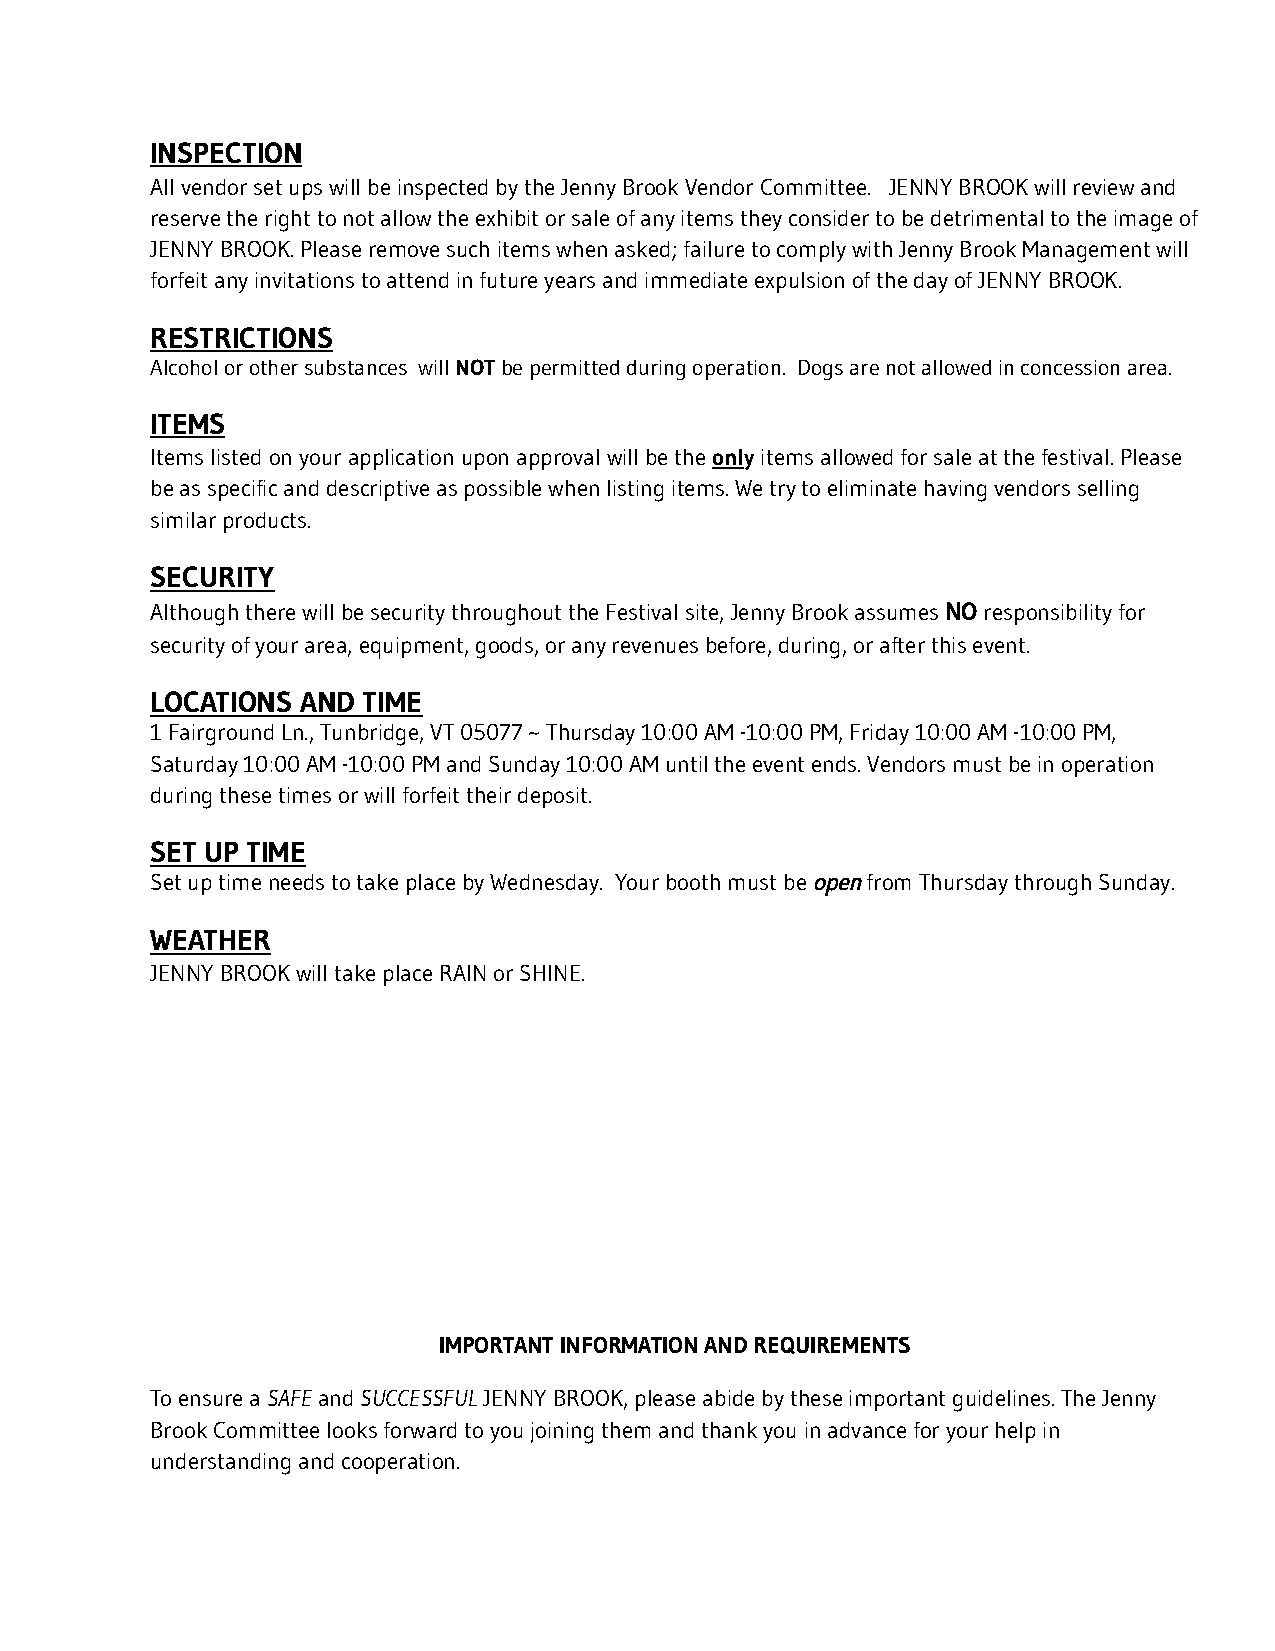
INSPECTION
 All vendor set ups will be inspected by the Jenny Brook Vendor Committee. JENNY BROOK will review and
 reserve the right to not allow the exhibit or sale of any items they consider to be detrimental to the image of
 JENNY BROOK. Please remove such items when asked; failure to comply with Jenny Brook Management will
 forfeit any invitations to attend in future years and immediate expulsion of the day of JENNY BROOK.
 RESTRICTIONS
 Alcohol or other substances willNOTbe permittedduring operation. Dogs are not allowed in concession area.
 ITEMS
 Items listed on your application upon approval will be theonlyitems allowed for sale at the festival.Please
 be as specific and descriptive as possible when listing items. We try to eliminate having vendors selling
 similar products.
 SECURITY
 Although there will be security throughout the Festival site, Jenny Brook assumesNOresponsibility for
 security of your area, equipment, goods, or any revenues before, during, or after this event.
 LOCATIONS AND TIME
 1 Fairground Ln., Tunbridge, VT 05077 ~ Thursday 10:00 AM -10:00 PM, Friday 10:00 AM -10:00 PM,
 Saturday 10:00 AM -10:00 PM and Sunday 10:00 AM until the event ends. Vendors must be in operation
 during these times or will forfeit their deposit.
 SET UP TIME
 Set up time needs to take place by Wednesday. Your booth must beopenfrom Thursday through Sunday.
 WEATHER
 JENNY BROOK will take place RAIN or SHINE.
 IMPORTANT INFORMATION AND REQUIREMENTS
 To ensure aSAFEandSUCCESSFULJENNY BROOK, pleaseabide by these important guidelines. The Jenny
 Brook Committee looks forward to you joining them and thank you in advance for your help in
 understanding and cooperation.